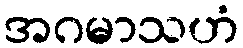
အဂမာသဟံ